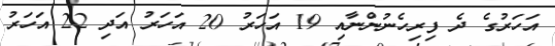
އަހަރުގެ ދެ ފިރިހެނުންނާއި 19 އަހަރު 20 އަހަރު އަދި 22 އަހަރު